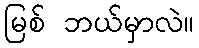
မြစ် ဘယ်မှာလဲ။